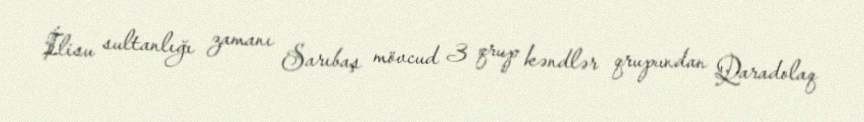
İlisu sultanlığı zamanı Sarıbaş mövcud 3 qrup kəndlər qrupundan Qaradolaq